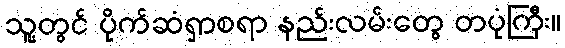
သူ့တွင် ပိုက်ဆံရှာစရာ နည်းလမ်းတွေ တပုံကြီး။